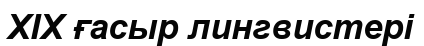
XIX ғасыр лингвистері